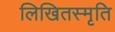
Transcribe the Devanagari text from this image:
लिखितस्मृति